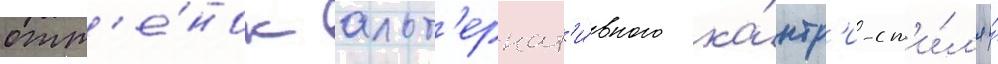
отт'е́нок альт'ернат'и́вного ка́нтр'и-ст'и́л'я и́